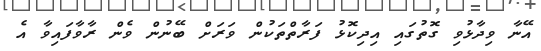
އޭނާ ވިދާޅުވި ގޮތުގައި އިދިކޮޅު ފަރާތްތަކުން ވަރަށް ބޭނުން ވެން ރާވާފައިވާ އެ